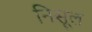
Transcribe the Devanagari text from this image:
निसूल